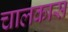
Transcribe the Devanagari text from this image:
चालकास